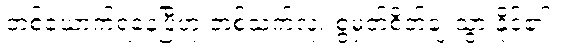
တစ်ယောက်ရနေပြီဟု တစ်သက်လုံး စွဲမှတ်စိတ်ချ သွားနိုင်၏။